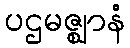
ပဌမဇ္ဈာနံ